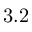
3 . 2